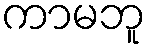
ကာမဘူ